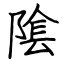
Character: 隂